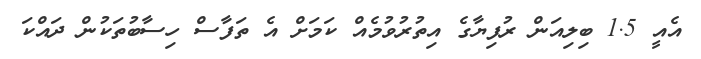
އެއީ 1.5 ބިލިއަން ރުފިޔާގެ އިތުރުވުމެއް ކަމަށް އެ ތަފާސް ހިސާބުތަކުން ދައްކަ